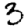
Digit: 3